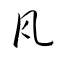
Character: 瓦